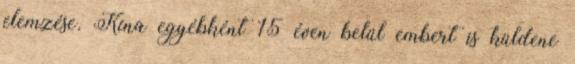
elemzése. Kína egyébként 15 éven belül embert is küldene